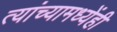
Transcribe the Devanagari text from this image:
त्यांच्यामध्येंही